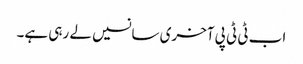
اب ٹی ٹی پی آخری سانسیں لے رہی ہے۔